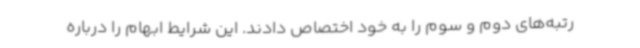
رتبه‌های دوم و سوم را به خود اختصاص دادند. این شرایط ابهام را درباره